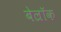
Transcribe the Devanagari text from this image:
बेल्रॉक